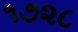
૧૭૨૮